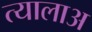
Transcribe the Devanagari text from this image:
त्यालाअ